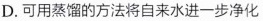
D.可用蒸馏的方法将自来水进一步净化